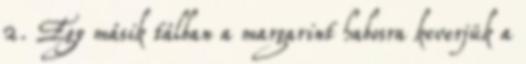
2. Egy másik tálban a margarint habosra keverjük a